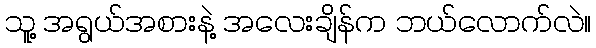
သူ့ အရွယ်အစားနဲ့ အလေးချိန်က ဘယ်လောက်လဲ။